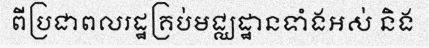
ពីប្រជាពលរដ្ឋគ្រប់មជ្ឈដ្ឋានទាំងអស់ និង